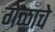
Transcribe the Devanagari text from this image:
गेळाचे